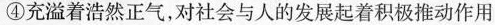
④充溢着浩然正气，对社会与人的发展起着积极推动作用